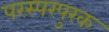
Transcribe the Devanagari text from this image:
परस्परपुरक